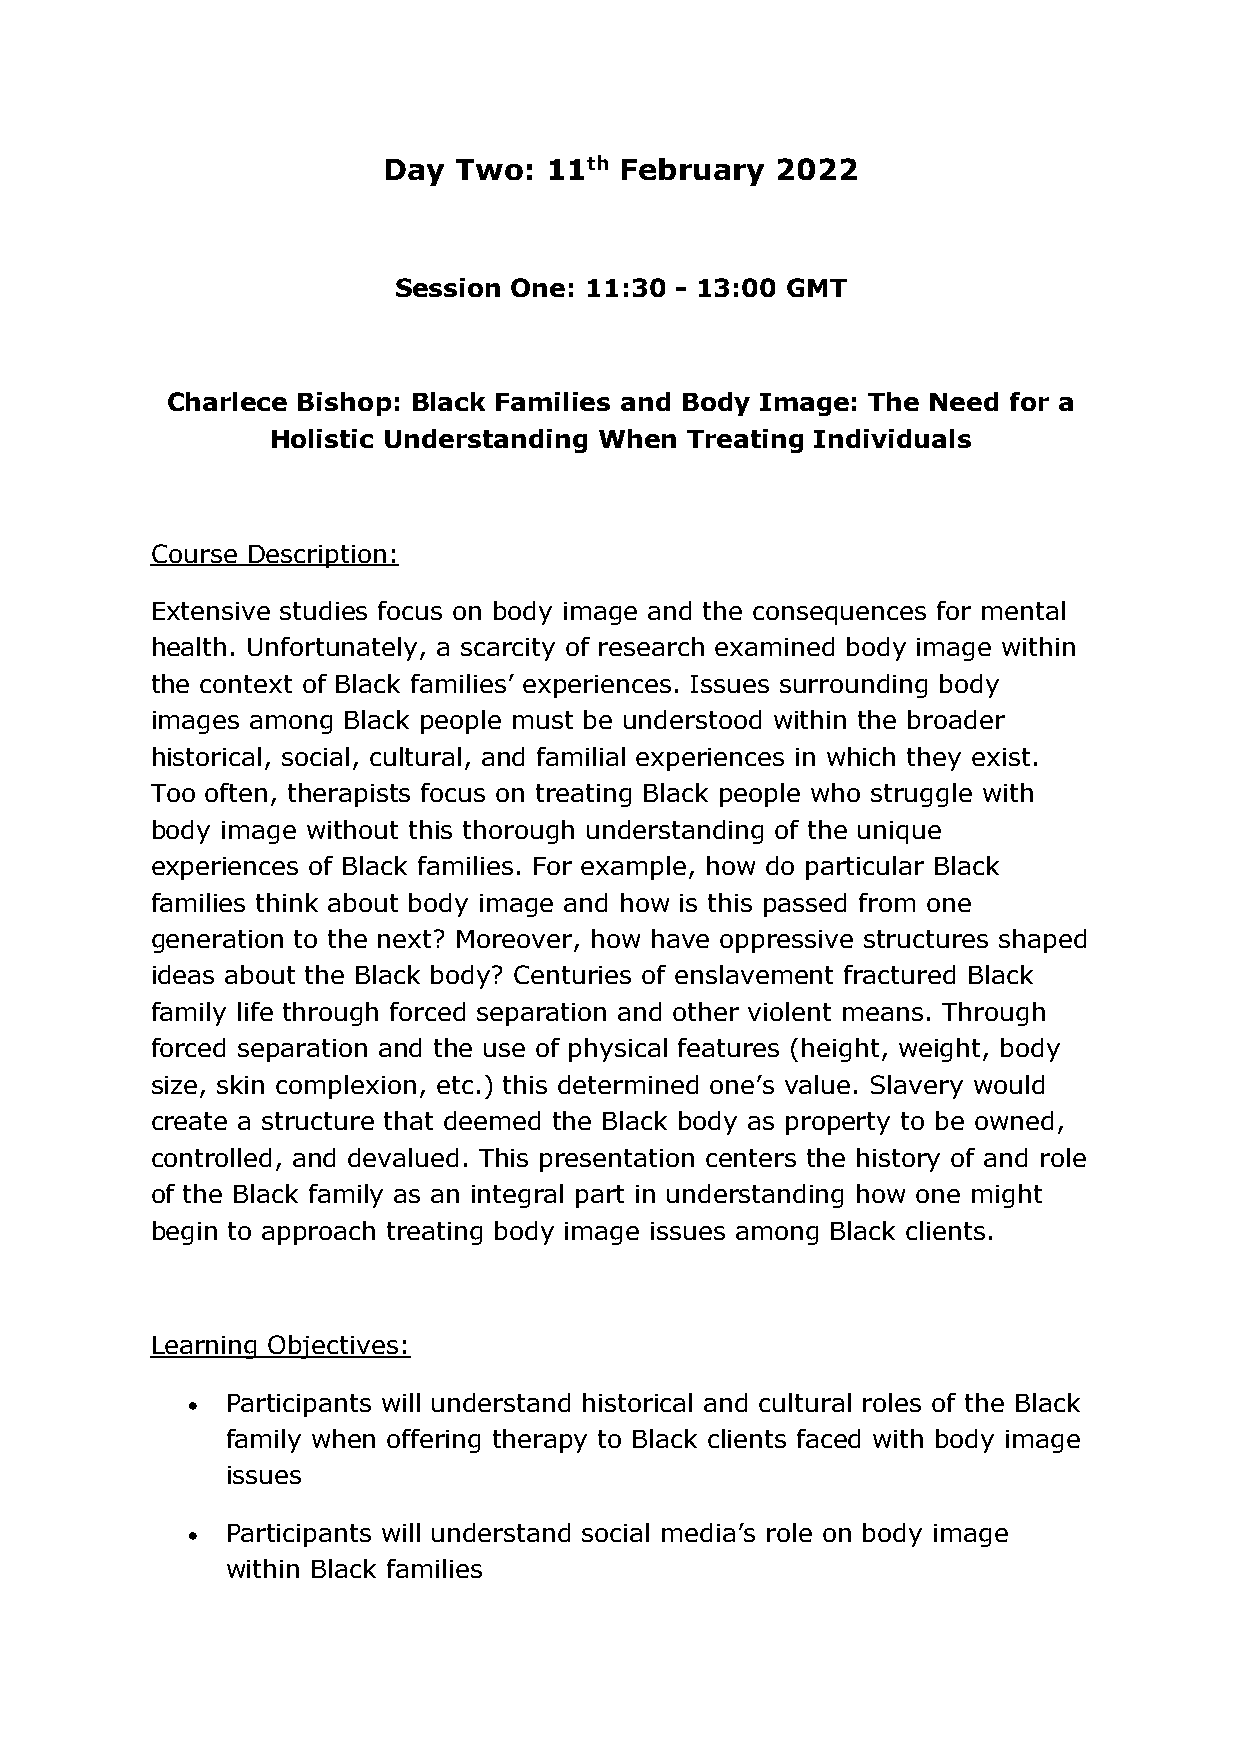
Day  Two:  11th February  2022
 Session One: 11:30 - 13:00 GMT
 Charlece Bishop: Black Families and Body Image: The Need for a
 Holistic Understanding When Treating Individuals
 Course Description:
 Extensive studies focus on body image and the consequences for mental
 health. Unfortunately, a scarcity of research examined body image within
 the context of Black families’ experiences. Issues surrounding body
 images among Black people must be understood within the broader
 historical, social, cultural, and familial experiences in which they exist.
 Too often, therapists focus on treating Black people who struggle with
 body image without this thorough understanding of the unique
 experiences of Black families. For example, how do particular Black
 families think about body image and how is this passed from one
 generation to the next? Moreover, how have oppressive structures shaped
 ideas about the Black body? Centuries of enslavement fractured Black
 family life through forced separation and other violent means. Through
 forced separation and the use of physical features (height, weight, body
 size, skin complexion, etc.) this determined one’s value. Slavery would
 create a structure that deemed the Black body as property to be owned,
 controlled, and devalued. This presentation centers the history of and role
 of the Black family as an integral part in understanding how one might
 begin to approach treating body image issues among Black clients.
 Learning Objectives:
 •  Participants will understand historical and cultural roles of the Black
 family when offering therapy to Black clients faced with body image
 issues
 •  Participants will understand social media’s role on body image
 within Black families